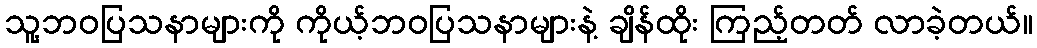
သူ့ဘဝပြသနာများကို ကိုယ့်ဘဝပြသနာများနဲ့ ချိန်ထိုး ကြည့်တတ် လာခဲ့တယ်။